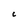
Character: c